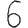
Digit: 6